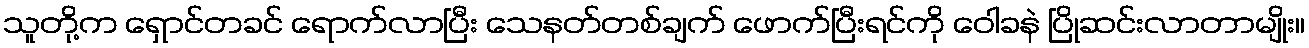
သူတို့က ရှောင်တခင် ရောက်လာပြီး သေနတ်တစ်ချက် ဖောက်ပြီးရင်ကို ဝေါခနဲ ပြိုဆင်းလာတာမျိုး။